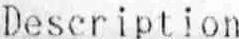
DESCRIPTION